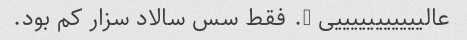
عالیییییییییییی …. فقط سس سالاد سزار کم بود.